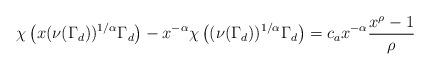
LaTeX: \begin{align*}\chi\left( x(\nu(\Gamma_d))^{1/\alpha} \Gamma_d \right) - x^{-\alpha}\chi\left( (\nu(\Gamma_d))^{1/\alpha} \Gamma_d \right) = c_{a} x^{-\alpha} \frac{x^{\rho}-1}{\rho}\end{align*}